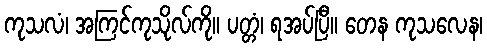
ကုသလံ၊ အကြင်ကုသိုလ်ကို။ ပတ္တံ၊ ရအပ်ပြီ။ တေန ကုသလေန၊